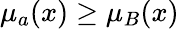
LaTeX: \mu_{a}(x)\geq\mu_{B}(x)